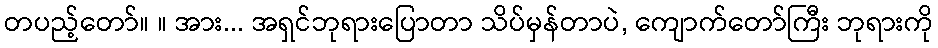
တပည့်တော်။ ။ အား... အရှင်ဘုရားပြောတာ သိပ်မှန်တာပဲ, ကျောက်တော်ကြီး ဘုရားကို